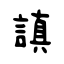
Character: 謓